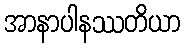
အာနာပါနဿတိယာ